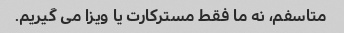
متاسفم، نه ما فقط مسترکارت یا ویزا می گیریم.